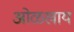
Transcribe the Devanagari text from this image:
ओळखाय